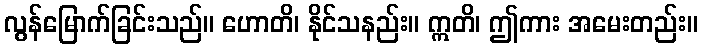
လွန်မြောက်ခြင်းသည်။ ဟောတိ၊ နိုင်သနည်း။ ဣတိ၊ ဤကား အမေးတည်း။